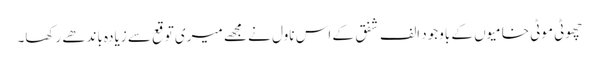
چھوٹی موٹی خامیوں کے باوجود الف شفق کے اس ناول نے مجھے میری توقع سے زیادہ باندھے رکھا۔